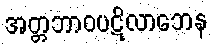
အတ္တဘာဝပဋိလာဘေန